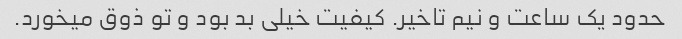
حدود یک ساعت و نیم تاخیر. کیفیت خیلی بد بود و تو ذوق میخورد.